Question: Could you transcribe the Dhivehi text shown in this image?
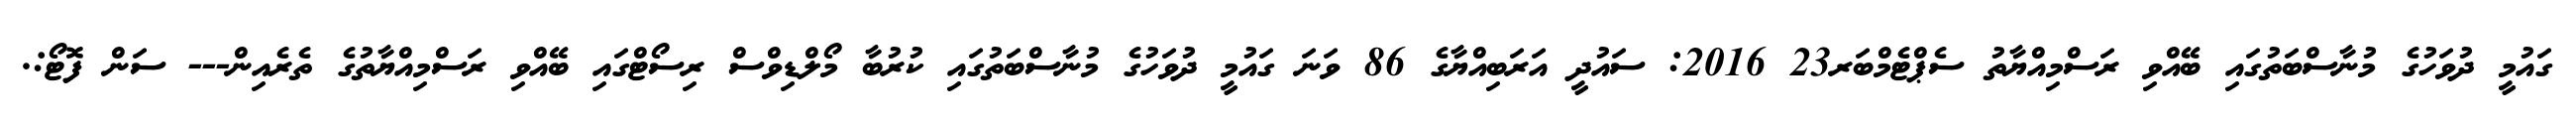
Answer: ގައުމީ ދުވަހުގެ މުނާސްބަތުގައި ބޭއްވި ރަސްމިއްޔާތު ސެޕްޓެމްބަރ23 2016: ސައުދީ އަރަބިއްޔާގެ 86 ވަނަ ގައުމީ ދުވަހުގެ މުނާސްބަތުގައި ކުރުބާ މޯލްޑިވްސް ރިސޯޓްގައި ބޭއްވި ރަސްމިއްޔާތުގެ ތެރެއިން--- ސަން ފޮޓޯ:.